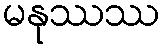
မနုဿဿ